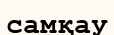
самқау